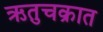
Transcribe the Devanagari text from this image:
ऋतुचक्रात